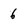
Character: 6